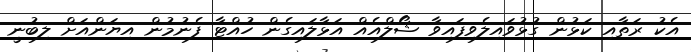
އެކު ރަތާއި ކަޅުން ގުޅުވައިލެވިފައިވާ ޝޯލްއެއް އަޅާލައިގެން ހުއްޓާ ފެނުމުން އިޔަންއަށް ލިބުނީ